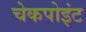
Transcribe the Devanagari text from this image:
चेकपोइंट